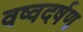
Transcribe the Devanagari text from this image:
वष्वदर्षण